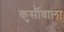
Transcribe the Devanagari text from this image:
कुर्सीवाला